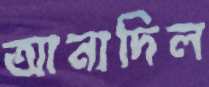
আনাদিল